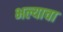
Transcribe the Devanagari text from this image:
भल्याचा